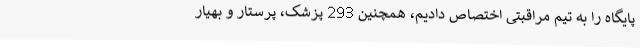
پایگاه را به تیم مراقبتی اختصاص دادیم، همچنین 293 پزشک، پرستار و بهیار